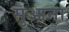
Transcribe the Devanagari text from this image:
सुआना